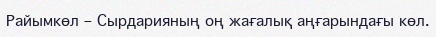
Райымкөл – Сырдарияның оң жағалық аңғарындағы көл.